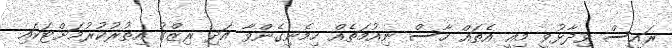
ރައީސް ވިދާޅުވީ މިއީ އެތައް ހާސް ނިއުމަތެއް ހިމެނިގެންވާ އަދި ރިޒްގު އިތުރުކުރުމަށްޓަކައި